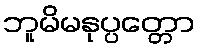
ဘူမိမနုပ္ပတ္တော